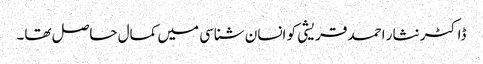
ڈاکٹر نثار احمد قریشی کو انسان شناسی میں کمال حاصل تھا۔